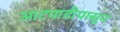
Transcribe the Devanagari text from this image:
आटपाडीपासून